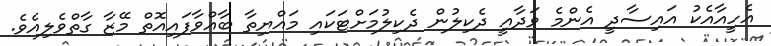
އެހީއާއެކު އައިސާދީ އެންމެ ވަދާއީ ދެކިލުން ދެކިލުމަށްޓަކައި މައްޔިތާ ބާއްވާފައިއޮތް މޭޒާ ގާތްވެލިއެވެ.